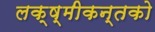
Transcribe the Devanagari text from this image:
लक्ष्मीकन्तको